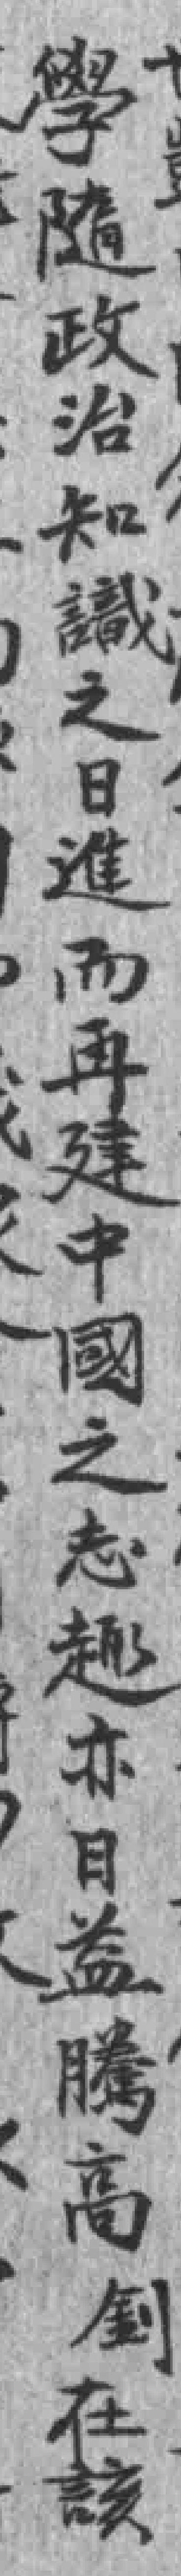
學隨政治知識之日進而再建中國之志趣亦日益騰高釗在該